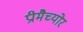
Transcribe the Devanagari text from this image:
प्रीमैच्योर